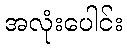
အလုံးပေါင်း